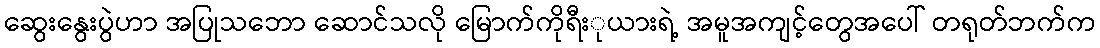
ဆွေးနွေးပွဲဟာ အပြုသဘော ဆောင်သလို မြောက်ကိုရီးုယားရဲ့ အမူအကျင့်တွေအပေါ် တရုတ်ဘက်က